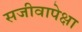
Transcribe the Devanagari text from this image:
सजीवापेक्षा